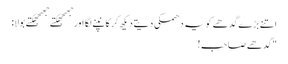
اتنے بڑے گدھے کو یہ دھمکی دیتے دیکھ کر کانپنے لگا اور جھجھکتے جھجھکتے بولا:
"گدھے صاحب !